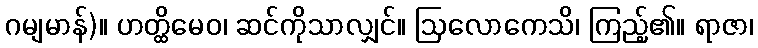
ဂမျမာန်)။ ဟတ္ထိမေဝ၊ ဆင်ကိုသာလျှင်။ ဩလောကေသိ၊ ကြည့်၏။ ရာဇာ၊